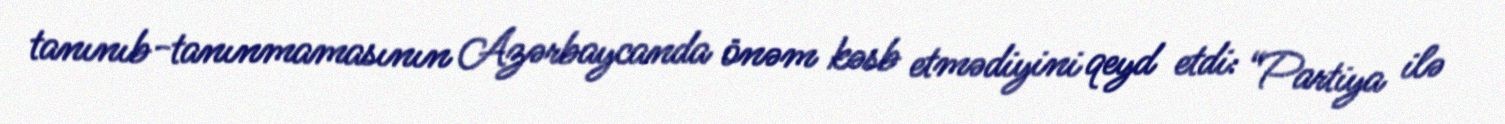
tanınıb-tanınmamasının Azərbaycanda önəm kəsb etmədiyini qeyd etdi: “Partiya ilə